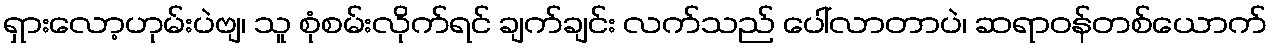
ရှားလော့ဟုမ်းပဲဗျ၊ သူ စုံစမ်းလိုက်ရင် ချက်ချင်း လက်သည် ပေါ်လာတာပဲ၊ ဆရာဝန်တစ်ယောက်